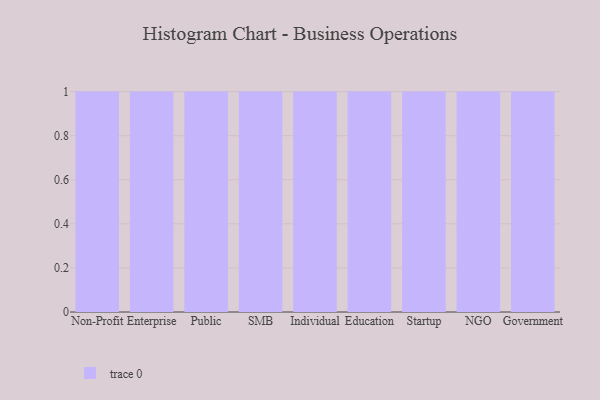
{"axis": {"x": "Segment", "y": "Tickets Resolved"}, "legend": [""], "data": [{"x": "Non-Profit", "y": 47, "type": ""}, {"x": "Enterprise", "y": 7, "type": ""}, {"x": "Public", "y": 44, "type": ""}, {"x": "SMB", "y": 97, "type": ""}, {"x": "Individual", "y": 95, "type": ""}, {"x": "Education", "y": 17, "type": ""}, {"x": "Startup", "y": 41, "type": ""}, {"x": "NGO", "y": 55, "type": ""}, {"x": "Government", "y": 66, "type": ""}]}